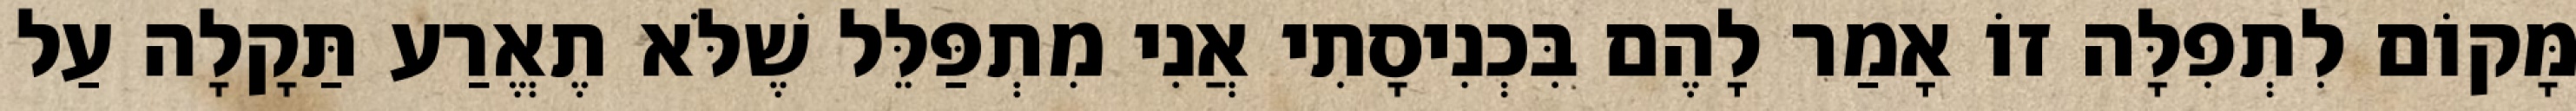
מָּקוֹם לִתְפִלָּה זוֹ אָמַר לָהֶם בִּכְנִיסָתִי אֲנִי מִתְפַּלֵּל שֶׁלֹּא תֶאֱרַע תַּקָלָה עַל